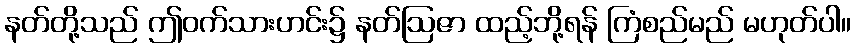
နတ်တို့သည် ဤဝက်သားဟင်း၌ နတ်ဩဇာ ထည့်ဘို့ရန် ကြံစည်မည် မဟုတ်ပါ။